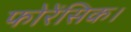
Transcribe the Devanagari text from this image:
फोरेंसिक।